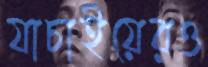
যাচাইয়েরও